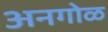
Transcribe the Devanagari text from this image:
अनगोळ